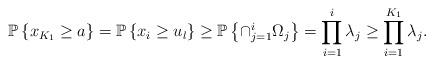
LaTeX: \begin{align*}{\mathbb P} \left\{ x_{K_1} \geq a \right\}={\mathbb P} \left\{ x_{i} \geq u_l \right\} \geq {\mathbb P} \left\{ \cap_{j=1}^{i}\Omega_j \right\} = \prod_{i=1}^{i} \lambda_j \ge \prod_{i=1}^{K_1} \lambda_j.\end{align*}